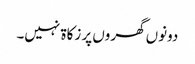
دونوں گھروں پر زکاۃ نہیں۔